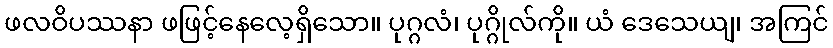
ဖလဝိပဿနာ ဖဖြင့်နေလေ့ရှိသော။ ပုဂ္ဂလံ၊ ပုဂ္ဂိုလ်ကို။ ယံ ဒေသေယျ၊ အကြင်